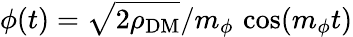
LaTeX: \phi(t)=\sqrt{2\rho_{\mathrm{DM}}}/m_{\phi}\, \cos(m_{\phi}t)